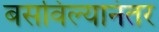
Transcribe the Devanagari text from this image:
बसविल्यानंतर